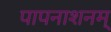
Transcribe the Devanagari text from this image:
पापनाशनम्